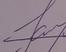
Signature authenticity: forged